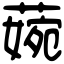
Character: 𦹅